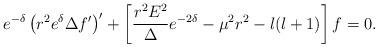
LaTeX: \begin{align*}e^{-\delta } \left(r^{2}e^{\delta } \Delta f' \right) '+\left[\frac {r^{2}E^{2}}{\Delta } e^{-2\delta } -\mu ^{2}r^{2} -l(l+1) \right] f =0 .\end{align*}